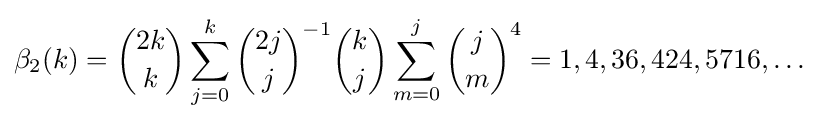
\beta _{2}(k)={\binom {2k}{k}}\sum _{j=0}^{k}{\binom {2j}{j}}^{-1}{\binom {k}{j}}\sum _{m=0}^{j}{\binom {j}{m}}^{4}=1,4,36,424,5716,\ldots